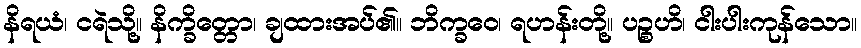
နိရယံ၊ ငရဲသို့။ နိက္ခိတ္တော၊ ချထားအပ်၏။ ဘိက္ခဝေ၊ ရဟန်းတို့။ ပဉ္စဟိ၊ ငါးပါးကုန်သော။